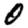
Digit: 0